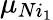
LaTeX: \mu_{Ni_{1}}